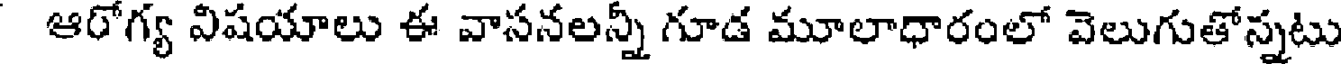
ఆరోగ్య విషయాలు ఈ వాసనలన్నీ గూడ మూలాధారంలో వెలుగుతోన్నటు